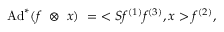
\mathrm { A d } ^ { * } ( f ~ \otimes ~ x ) ~ = ~ < S f ^ { ( 1 ) } f ^ { ( 3 ) } , x > f ^ { ( 2 ) } ,